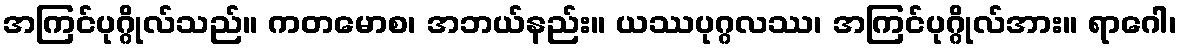
အကြင်ပုဂ္ဂိုလ်သည်။ ကတမောစ၊ အဘယ်နည်း။ ယဿပုဂ္ဂလဿ၊ အကြင်ပုဂ္ဂိုလ်အား။ ရာဂေါ၊